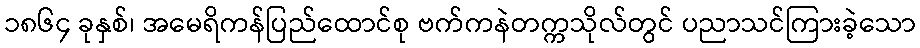
၁၈၆၄ ခုနှစ်၊ အမေရိကန်ပြည်ထောင်စု ဗက်ကနဲတက္ကသိုလ်တွင် ပညာသင်ကြားခဲ့သော